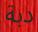
دبة